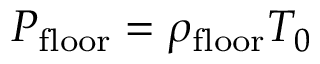
P _ { \mathrm { f l o o r } } = \rho _ { \mathrm { f l o o r } } T _ { 0 }